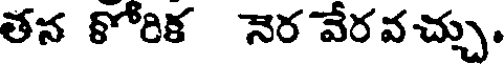
తన కోరిక నెర వేరవచ్చు.